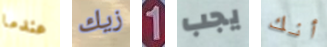
عندما زيك 1 يجب أنك